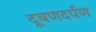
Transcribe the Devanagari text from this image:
दूषणदर्पण